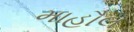
માહૌલ